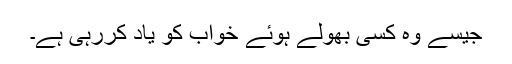
جیسے وہ کسی بھولے ہوئے خواب کو یاد کررہی ہے۔